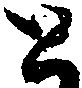
と